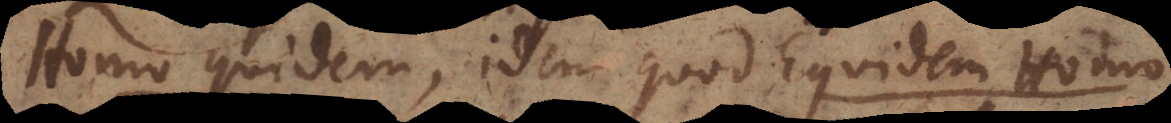
Homo quidem, idem quod Equidem Homo.